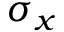
\sigma _ { x }